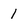
Character: l